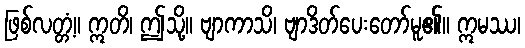
ဖြစ်လတ္တံ့။ ဣတိ၊ ဤသို့။ ဗျာကာသိ၊ ဗျာဒိတ်ပေးတော်မူ၏။ ဣမဿ၊